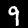
Label: 9